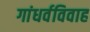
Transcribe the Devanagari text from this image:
गांधर्वविवाह